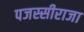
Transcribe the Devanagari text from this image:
पजस्सीराजा